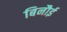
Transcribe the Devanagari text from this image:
बिनौई